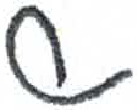
אות: ש